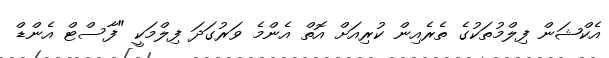
އެކްޝަން ފިލްމުތަކުގެ ތެރެއިން ކުރިއަށް އޮތް އެންމެ ވަރުގަދަ ފިލްމަކީ "ފާސްޓް އެންޑް